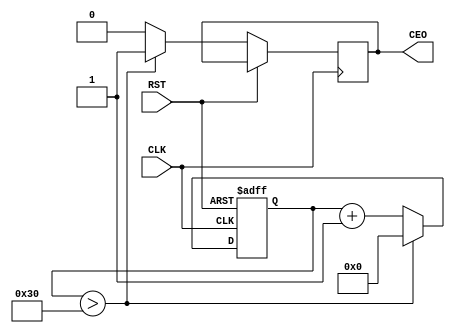
`timescale 1ns / 1ps
//////////////////////////////////////////////////////////////////////////////////
// Company: 
// Engineer: 
// 
// Design Name: 
// Module Name:    LR3_GEN_CE 
// Project Name: 
// Target Devices: 
// Tool versions: 
// Description: 
//
// Dependencies: 
//
// Revision: 
// Revision 0.01 - File Created
// Additional Comments: 
//
//////////////////////////////////////////////////////////////////////////////////
module M_CLOCK_DIVIDER
#(parameter
	CLK_REF = 48_000_000,
	CLK_CE = 1_000_000, 
	RELATE_CLK = CLK_REF/CLK_CE,
	WIDTH_C_D = $clog2(RELATE_CLK)
    )
(
	input CLK,
	input RST,
	output reg CEO
    );
 

reg [WIDTH_C_D-1:0] CNT_DIV = 0;
always @ (posedge CLK or posedge RST)
	if(RST)
		begin
			CNT_DIV <= 0;
		end
	else
		begin
			if(CNT_DIV > RELATE_CLK) // CLK/DIGITAL
				begin
					CNT_DIV <= 0;
					CEO <= 1'b1;
				end
			else
				begin
					CNT_DIV <= CNT_DIV + 1;
					CEO <= 1'b0;
				end
		end




/*	 
	reg [16:0] CNT;
	
	always @(posedge CLK, posedge RST)
		if (RST)
			begin
				CNT <= 17'd0;
				CEO <= 1'b0;
			end
		else
			if (CNT == 17'd99999)
				begin
					CNT <= 17'd0;
					CEO <= 1'b1;
				end
			else
				begin
					CNT <= CNT + 1;
					CEO <= 1'b0;
				end
	*/			
endmodule